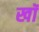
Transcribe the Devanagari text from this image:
खॉं